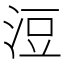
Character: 浢